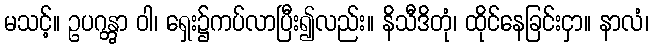
မသင့်။ ဥပဂန္တွာ ဝါ၊ ရှေး၌ကပ်လာပြီး၍လည်း။ နိသီဒိတုံ၊ ထိုင်နေခြင်းငှာ။ နာလံ၊